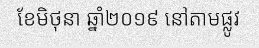
ខែមិថុនា ឆ្នាំ២០១៩ នៅតាមផ្លូវ